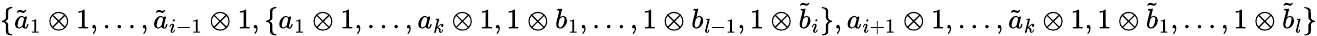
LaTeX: \{ \tilde{a}_{1}\otimes 1,\dots,\tilde{a}_{i-1}\otimes 1,\{ a_{1}\otimes 1,\dots,a_{k}\otimes 1,1\otimes b_{1},\dots,1\otimes b_{l-1},1\otimes\tilde{b}_{i}\} ,a_{i+1}\otimes 1,\dots,\tilde{a}_{k}\otimes 1,1\otimes\tilde{b}_{1},\dots,1\otimes\tilde{b}_{l}\}